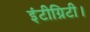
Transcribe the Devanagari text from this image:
इंटीग्रिटी।